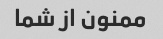
ممنون از شما